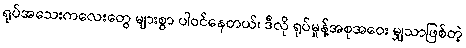
ရုပ်အသေးကလေးတွေ များစွာ ပါဝင်နေတယ်၊ ဒီလို ရုပ်မှုန့်အစုအဝေး မျှသာဖြစ်တဲ့